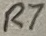
Text: R7